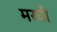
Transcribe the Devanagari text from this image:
मरघी